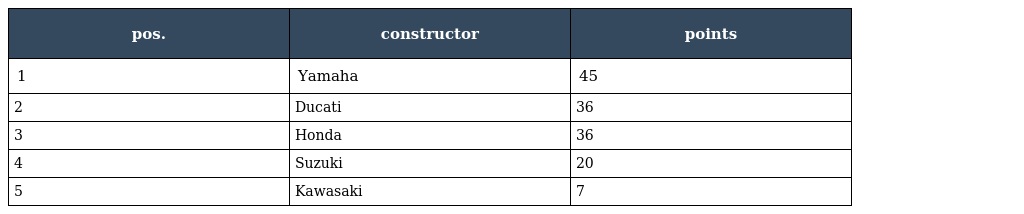
| pos. | constructor | points |
 | --- | --- | --- |
 | 1 | Yamaha | 45 |
 | 2 | Ducati | 36 |
 | 3 | Honda | 36 |
 | 4 | Suzuki | 20 |
 | 5 | Kawasaki | 7 |